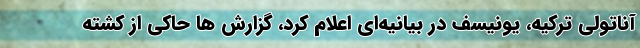
آناتولی ترکیه، یونیسف در بیانیه‌ای اعلام کرد، گزارش ها حاکی از کشته